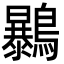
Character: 𪇰